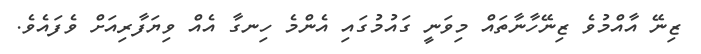
ޒިނޭ އާއްމުވެ ޒިނޭހާނާތައް މިވަނީ ގައުމުގައި އެންމެ ހިނގާ އެއް ވިޔަފާރިއަށް ވެފައެވެ.